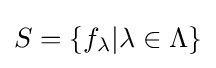
S=\{f_{\lambda }|\lambda \in \Lambda \}